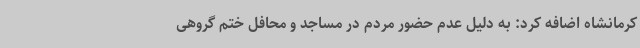
کرمانشاه اضافه کرد: به دلیل عدم حضور مردم در مساجد و محافل ختم گروهی